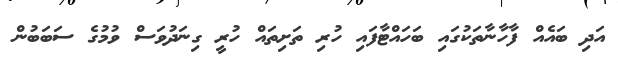
އަދި ބައެއް ފާހާނާތަކުގައި ބަހައްޓާފައި ހުރި ތަށިތައް ހުރީ ގިނަދުވަސް ވުމުގެ ސަބަބުން